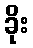
ခိုး